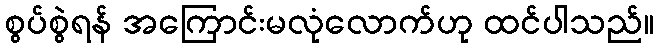
စွပ်စွဲရန် အကြောင်းမလုံလောက်ဟု ထင်ပါသည်။